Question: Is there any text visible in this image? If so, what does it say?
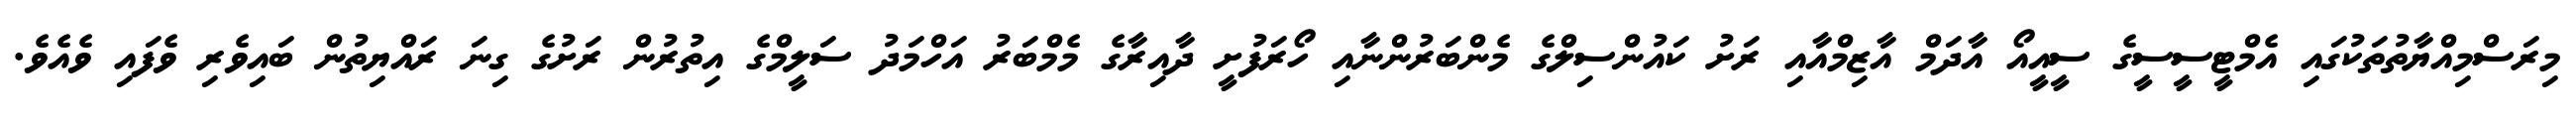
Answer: މިރަސްމިއްޔާތުތަކުގައި އެމްޓީސީސީގެ ސީއީއޯ އާދަމް އާޒިމްއާއި ރަށު ކައުންސިލްގެ މެންބަރުންނާއި ހޯރަފުށީ ދާއިރާގެ މެމްބަރު އަހްމަދު ސަލީމްގެ އިތުރުން ރަށުގެ ގިނަ ރައްޔިތުން ބައިވެރި ވެފައި ވެއެވެ.